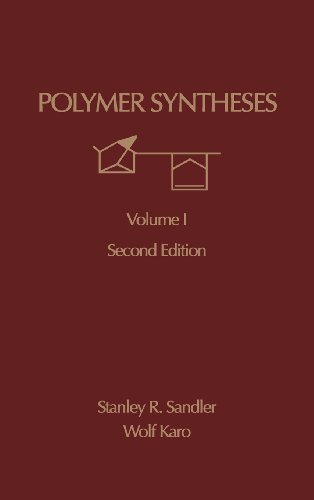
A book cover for Polymer Synthesis, Second Edition: Volume 1 (Polymer Syntheses); Stanley R. Sandler; Science & Math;